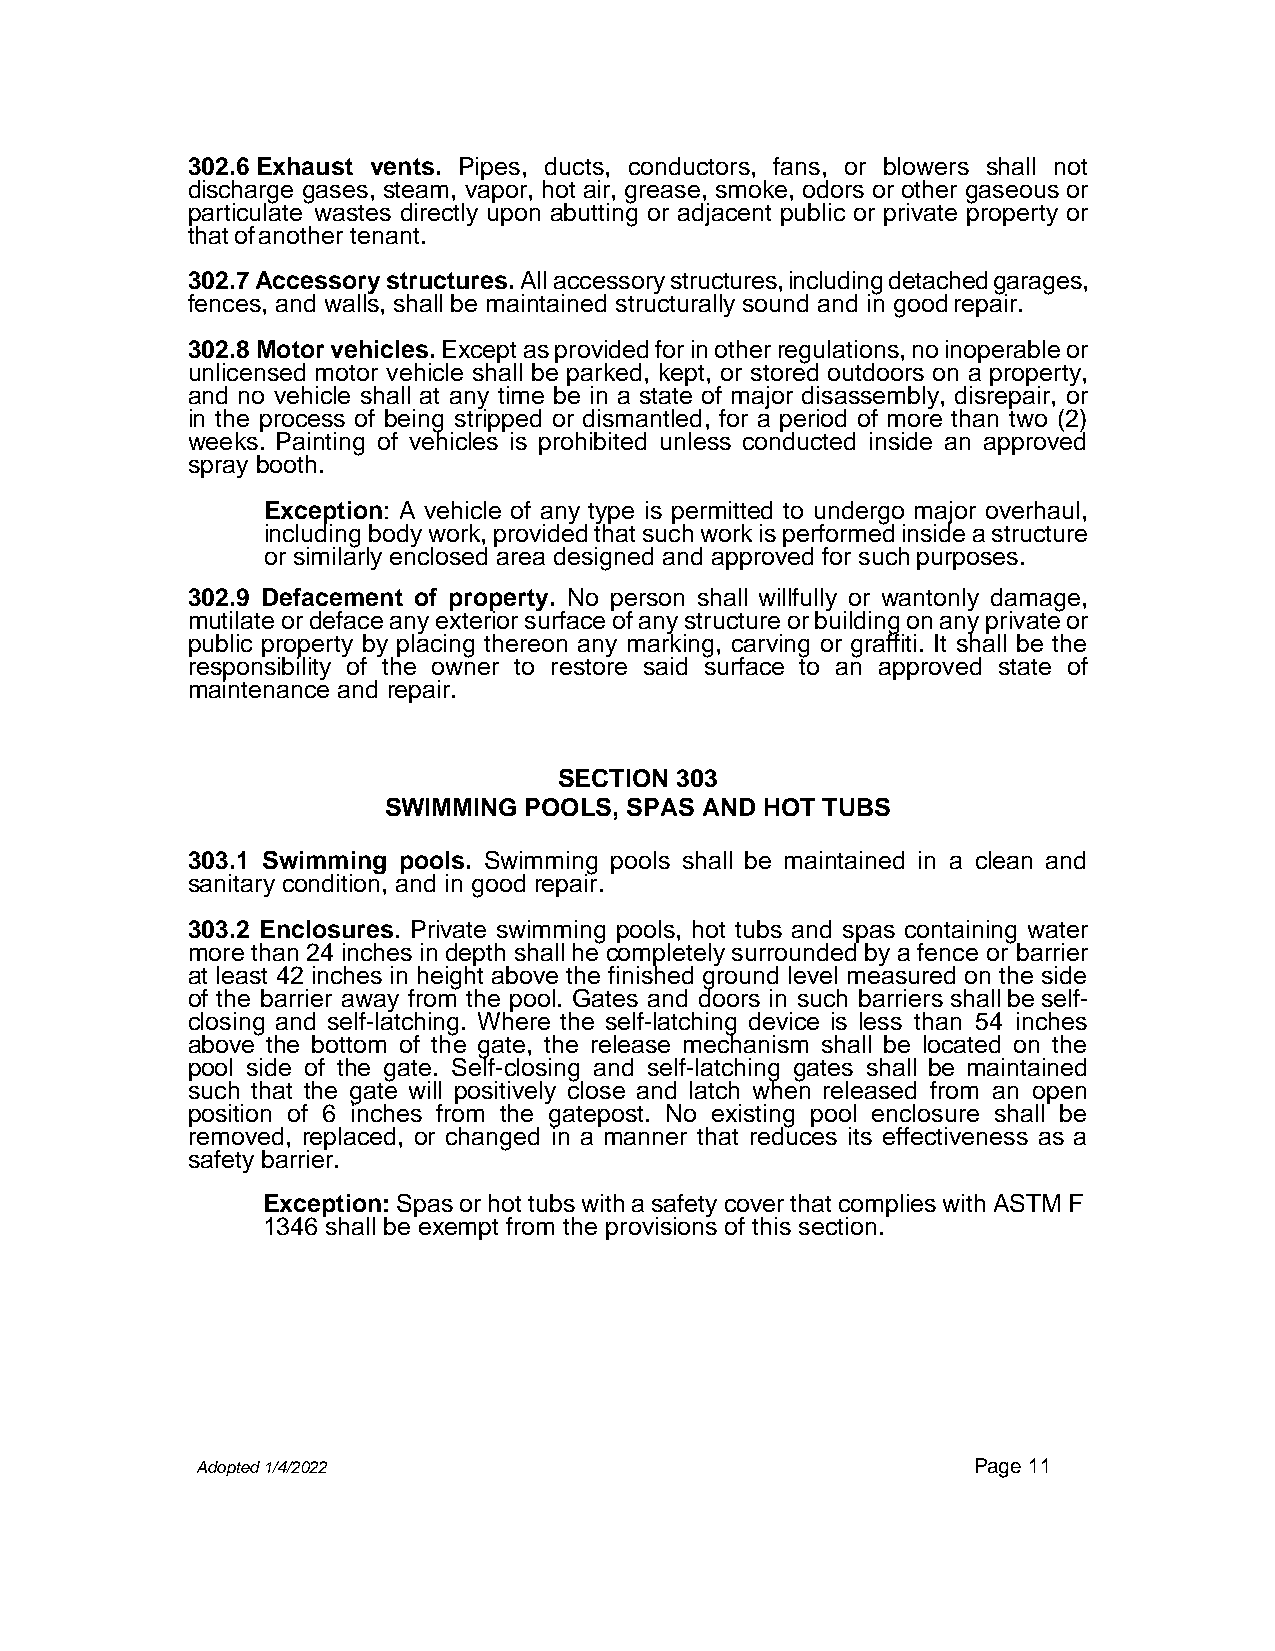
302.6 Exhaust vents. Pipes, ducts, conductors, fans, or blowers shall not
 discharge gases, steam, vapor, hot air, grease, smoke, odors or other gaseous or
 particulate wastes directly upon abutting or adjacent public or private property or
 that of another tenant.
 302.7 Accessory structures. All accessory structures, including detached garages,
 fences, and walls, shall be maintained structurally sound and in good repair.
 302.8 Motor vehicles. Except as provided for in other regulations, no inoperable or
 unlicensed motor vehicle shall be parked, kept, or stored outdoors on a property,
 and no vehicle shall at any time be in a state of major disassembly, disrepair, or
 in the process of being stripped or dismantled, for a period of more than two (2)
 weeks. Painting of vehicles is prohibited unless conducted inside an approved
 spray booth.
 Exception: A vehicle of any type is permitted to undergo major overhaul,
 including body work, provided that such work is performed inside a structure
 or similarly enclosed area designed and approved for such purposes.
 302.9 Defacement of property. No person shall willfully or wantonly damage,
 mutilate or deface any exterior surface of any structure or building on any private or
 public property by placing thereon any marking, carving or graffiti. It shall be the
 responsibility of the owner to restore said surface to an approved state of
 maintenance and repair.
 SECTION 303
 SWIMMING  POOLS, SPAS AND HOT TUBS
 303.1 Swimming pools. Swimming pools shall be maintained in a clean and
 sanitary condition, and in good repair.
 303.2 Enclosures. Private swimming pools, hot tubs and spas containing water
 more than 24 inches in depth shall he completely surrounded by a fence or barrier
 at least 42 inches in height above the finished ground level measured on the side
 of the barrier away from the pool. Gates and doors in such barriers shall be self-
 closing and self-latching. Where the self-latching device is less than 54 inches
 above the bottom of the gate, the release mechanism shall be located on the
 pool side of the gate. Self-closing and self-latching gates shall be maintained
 such that the gate will positively close and latch when released from an open
 position of 6 inches from the gatepost. No existing pool enclosure shall be
 removed, replaced, or changed in a manner that reduces its effectiveness as a
 safety barrier.
 Exception: Spas or hot tubs with a safety cover that complies with ASTM F
 1346 shall be exempt from the provisions of this section.
 Adopted 1/4/2022                                   Page 11